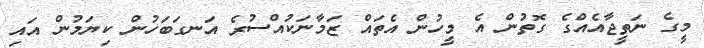
މީގެ ނަތީޖާއެއްގެ ގޮތުން އެ މީހުން އެތައް ޒަމާނަކުއްސުރެ އަނގަބަހުން ކިޔަމުން އައި